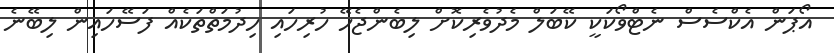
އޯޕަން އެކްސެސް ނެޓްވޯކަކީ ކޭބަލް މެދުވެރިކޮށް ލިބެންޖެހޭ ހުރިހައި ހިދުމަތްތަކެއް ފަސޭހައިން ލިބޭނެ